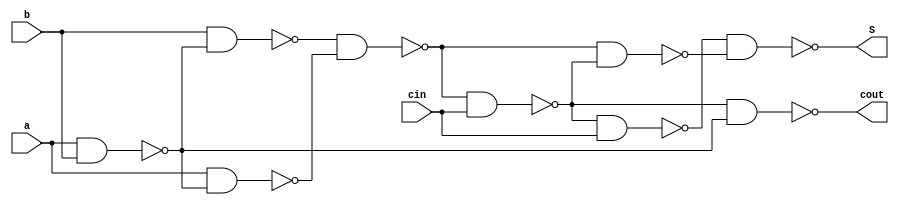
module One_bit_adder_NAND_imple(a,b,cin,S,cout);
	input a,b,cin;
	output S,cout;
	wire w1,w2,w3,w4,w5,w6,w7,w8;
	nand nand1(w1,a,b);
	nand nand2(w2,a,w1);
	nand nand3(w3,b,w1);
	nand nand4(w4,w3,w2);
	nand nand5(w5,w4,cin);
	nand nand6(w6,w4,w5);
	nand nand7(w7,w5,cin);
	nand nand8(S,w7,w6);
	nand nand9(cout,w5,w1);
endmodule